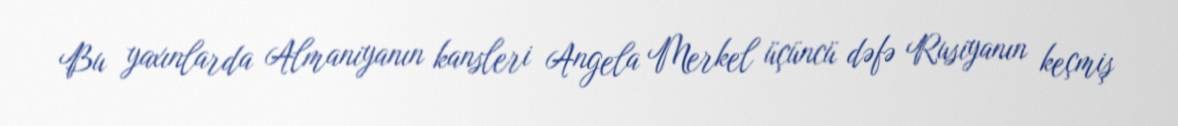
Bu yaxınlarda Almaniyanın kansleri Angela Merkel üçüncü dəfə Rusiyanın keçmiş